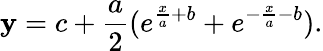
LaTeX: \mathbf{y}=c+\frac{{a}}{{2}}(e^{\frac{{x}}{{a}}+b}+e^{-\frac{{x}}{{a}}-b}).